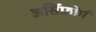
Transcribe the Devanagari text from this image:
अर्सिफ़ोर्म